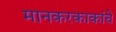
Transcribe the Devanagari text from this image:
मानकरकाकांचे